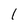
Character: 1